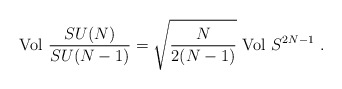
\begin{align*}{\rm Vol} \ \frac{SU (N)}{SU (N - 1)}= \sqrt{\frac{N}{2(N - 1)}}\ {\rm Vol}\ S^{2N - 1} \ .\end{align*}